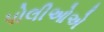
પોલીઓએ